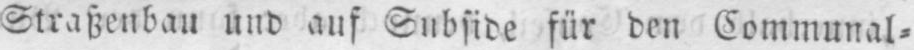
Straßenbau und auf Subside für den Communal⸗